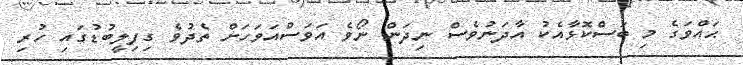
ޙައްވަގެ މި ބަސްކޮޅާއެކު އާދަނުވެސް ނިދަން ނޯވެ އަވަސްއަވަހަށް ތެދުވެ ގިފިލީބުޑުގައި ހުރި